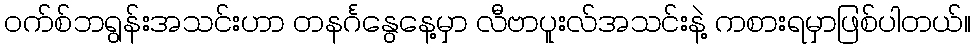
ဝက်စ်ဘရွန်းအသင်းဟာ တနင်္ဂနွေနေ့မှာ လီဗာပူးလ်အသင်းနဲ့ ကစားရမှာဖြစ်ပါတယ်။